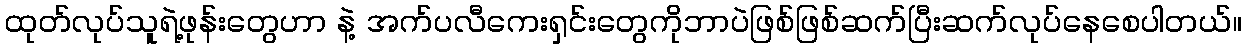
ထုတ်လုပ်သူရဲ့ဖုန်းတွေဟာ နဲ့ အက်ပလီကေးရှင်းတွေကိုဘာပဲဖြစ်ဖြစ်ဆက်ပြီးဆက်လုပ်နေစေပါတယ်။